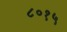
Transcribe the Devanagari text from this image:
८०१५